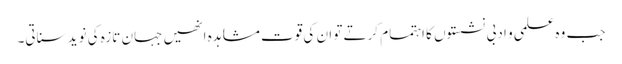
جب وہ علمی و ادبی نشستوں کا اہتمام کرتے تو ان کی قوت مشاہدہ انھیں جہان تازہ کی نوید سناتی۔